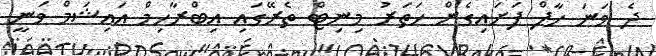
ދެ ވަނަ ހާފް ފަށައިގެން ހަތަރު މިނިޓް ތެރޭގައި އިބްރާހިމް އައިޝަމް ވަނީ